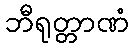
ဘီရုတ္တာဏံ